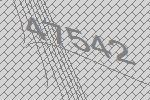
47542